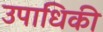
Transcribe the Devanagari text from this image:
उपाधिकी